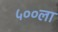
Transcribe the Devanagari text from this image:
५००ला